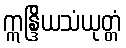
ဣန္ဒြိယသံယုတ္တံ